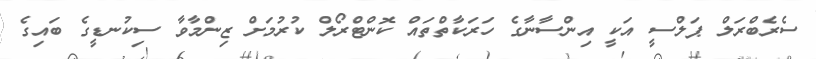
ސެރެބްރަލް ޕަލްސީ އަކީ އިންސާނާގެ ހަރަކާތްތައް ކޮންޓްރޯލް ކުރުމަށް ޒިންމާވާ ސިކުނޑީގެ ބައިގެ